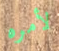
لأمره